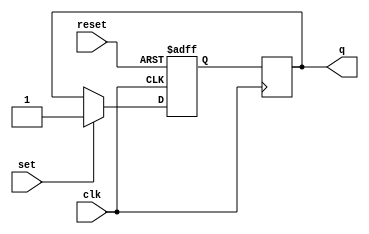
module sr_flip_flop (
    input wire clk,
    input wire reset,
    input wire set,
    output reg q
);

reg master_q, slave_q;

// Master flip-flop
always @(posedge clk or posedge reset)
begin
    if (reset)
        master_q <= 1'b0;
    else if (set)
        master_q <= 1'b1;
    else
        master_q <= q;
end

// Slave flip-flop
always @(negedge clk)
begin
    slave_q <= master_q;
end

assign q = slave_q;

endmodule